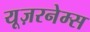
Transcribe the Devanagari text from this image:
यूज़रनेम्स